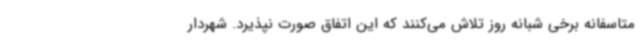
متاسفانه برخی شبانه روز تلاش می‌کنند که این اتفاق صورت نپذیرد. شهردار